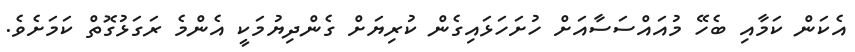
އެކަން ކަމާއި ބެހޭ މުއައްސަސާއަށް ހުށަހަޅައިގެން ކުރިޔަށް ގެންދިޔުމަކީ އެންމެ ރަގަޅުގޮތް ކަމަށެވެ.